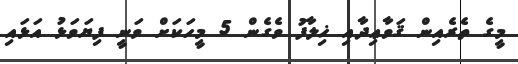
މީގެ ތެރެއިން ޤަވާޢިދާއި ޚިލާފު ވެގެން 5 މީހަކަށް ވަނީ ފިޔަވަޅު އަޅައި